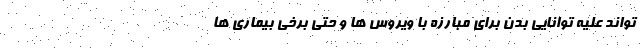
تواند علیه توانایی بدن برای مبارزه با ویروس ها و حتی برخی بیماری ها